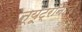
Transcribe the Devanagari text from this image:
न्यूट्रॉनाचे